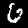
Label: 6